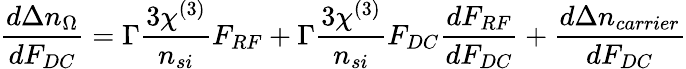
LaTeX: \frac{d\Delta n_{\Omega}}{dF_{DC}}=\Gamma\frac{3\chi^{(3)}}{n_{si}}F_{RF}+\Gamma\frac{3\chi^{(3)}}{n_{si}}F_{DC}\frac{dF_{RF}}{dF_{DC}}+\frac{d\Delta n_{carrier}}{dF_{DC}}